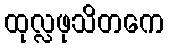
ထုလ္လဖုသိတကေ